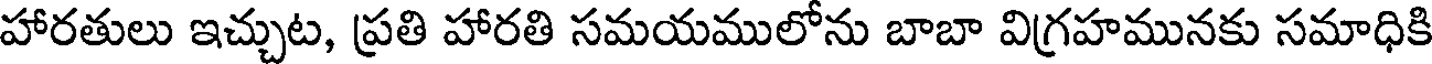
హారతులు ఇచ్చుట, ప్రతి హారతి సమయములోను బాబా విగ్రహమునకు సమాధికి